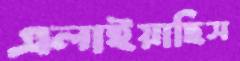
এলাইয়াছিস